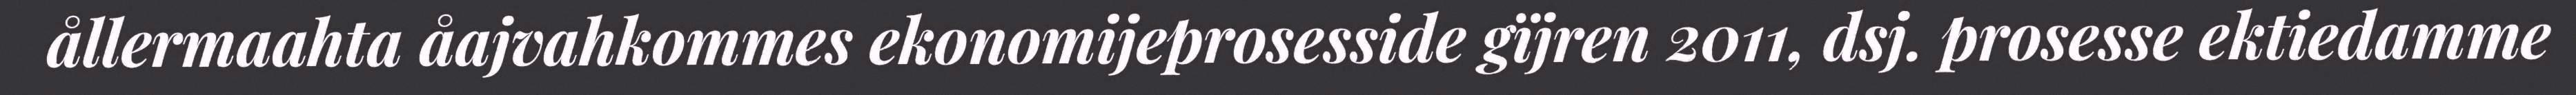
ållermaahta åajvahkommes ekonomijeprosesside gïjren 2011, dsj. prosesse ektiedamme